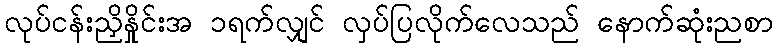
လုပ်ငန်းညှိနှိုင်းအ ၁ရက်လျှင် လှပ်ပြလိုက်လေသည် နောက်ဆုံးညစာ